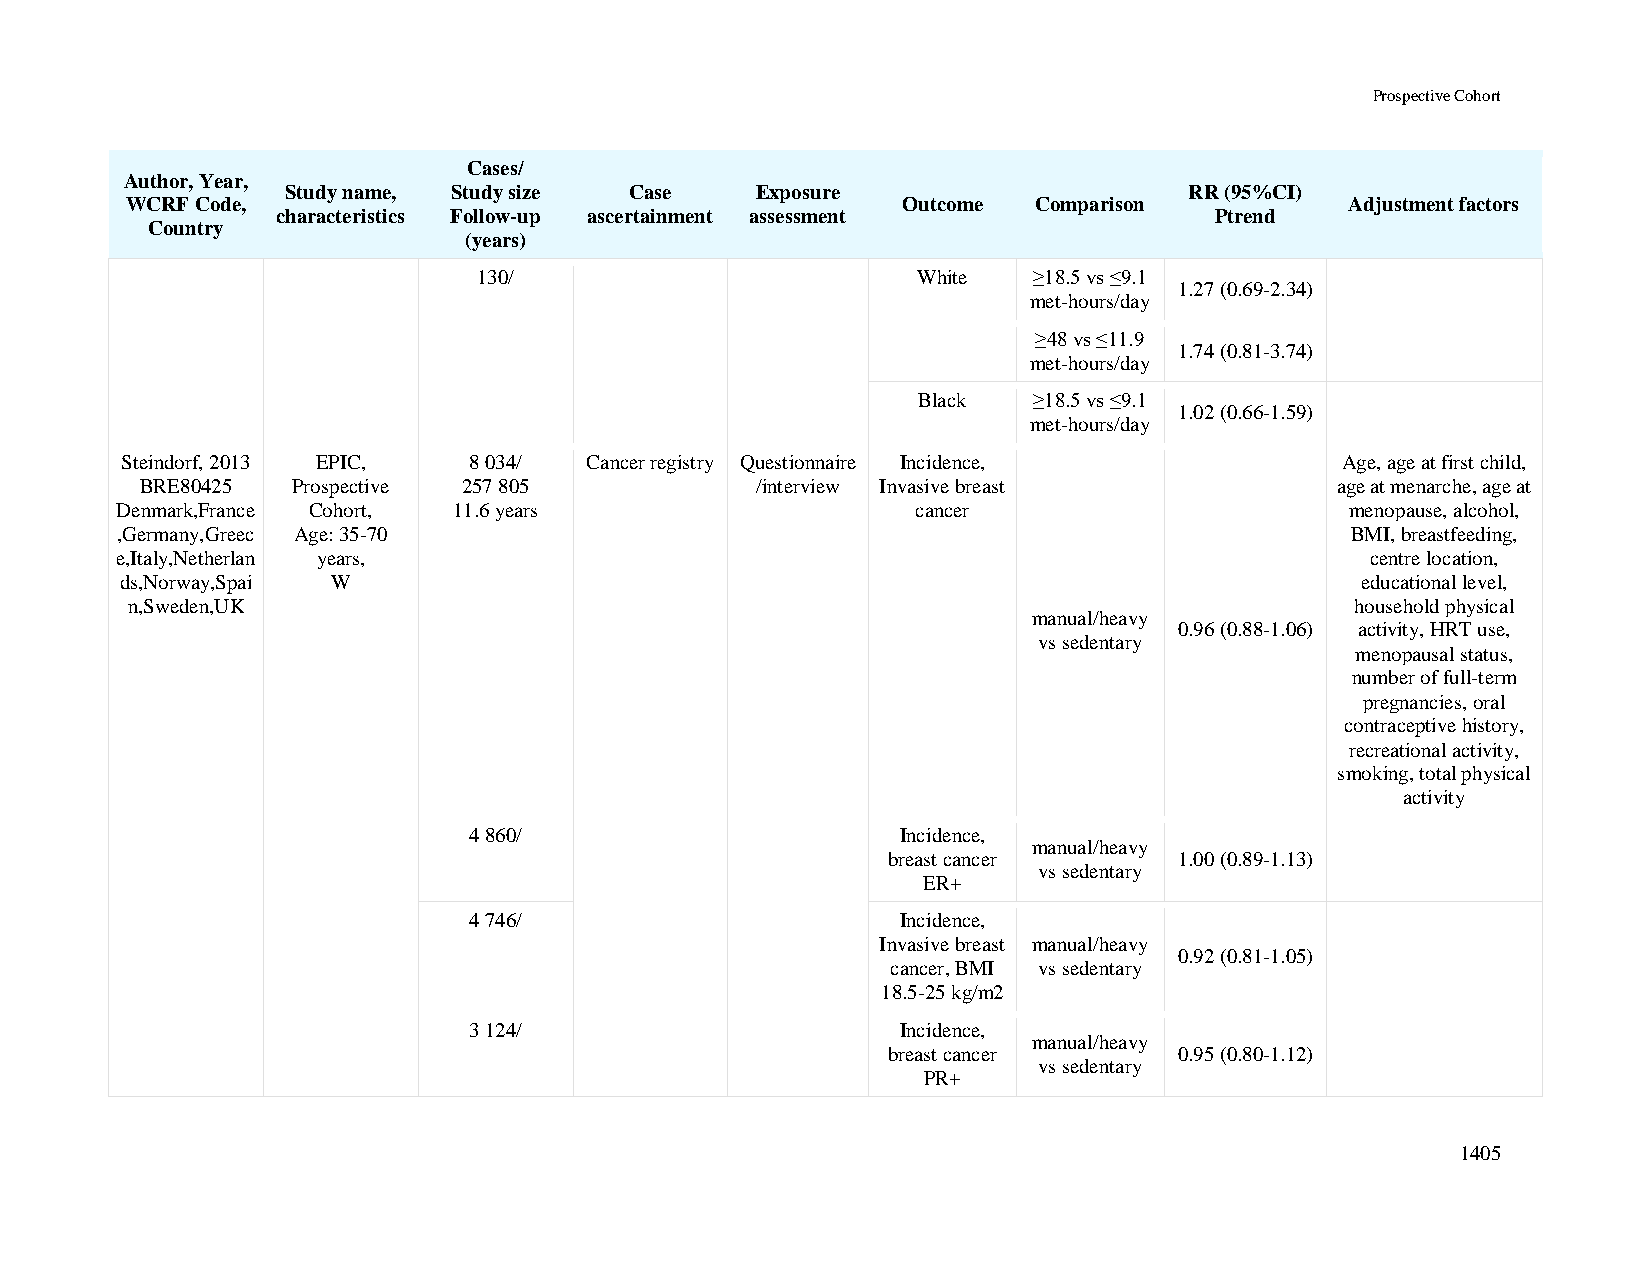
Prospective Cohort
 Cases/
 Author, Year,
 Study name, Study size Case    Exposure                     RR (95%CI)
 WCRF Code,                                          Outcome Comparison           Adjustment factors
 characteristics Follow-up ascertainment assessment            Ptrend
 Country
 (years)
 130/                         White  ≥18.5 vs ≤9.1
 1.27 (0.69-2.34)
 met-hours/day
 ≥48 vs ≤11.9
 1.74 (0.81-3.74)
 met-hours/day
 Black  ≥18.5 vs ≤9.1
 1.02 (0.66-1.59)
 met-hours/day
 Steindorf, 2013 EPIC,  8 034/  Cancer registry Questionnaire Incidence,          Age, age at first child,
 BRE80425  Prospective 257 805            /interview Invasive breast            age at menarche, age at
 Denmark,France Cohort, 11.6 years                    cancer                      menopause, alcohol,
 ,Germany,Greec Age: 35-70                                                        BMI, breastfeeding,
 e,Italy,Netherlan years,                                                           centre location,
 ds,Norway,Spai W                                                                  educational level,
 n,Sweden,UK                                                                       household physical
 manual/heavy
 0.96 (0.88-1.06) activity, HRT use,
 vs sedentary
 menopausal status,
 number of full-term
 pregnancies, oral
 contraceptive history,
 recreational activity,
 smoking, total physical
 activity
 4 860/                       Incidence,
 manual/heavy
 breast cancer      1.00 (0.89-1.13)
 vs sedentary
 ER+
 4 746/                       Incidence,
 Invasive breast manual/heavy
 0.92 (0.81-1.05)
 cancer, BMI vs sedentary
 18.5-25 kg/m2
 3 124/                       Incidence,
 manual/heavy
 breast cancer      0.95 (0.80-1.12)
 vs sedentary
 PR+
 1405